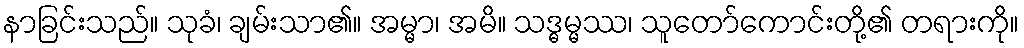
နာခြင်းသည်။ သုခံ၊ ချမ်းသာ၏။ အမ္မာ၊ အမိ။ သဒ္ဓမ္မဿ၊ သူတော်ကောင်းတို့၏ တရားကို။